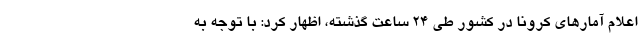
اعلام آمارهای کرونا در کشور طی ۲۴ ساعت گذشته، اظهار کرد: با توجه به